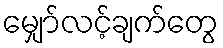
မျှော်လင့်ချက်တွေ